Reports on military cantonments and civil stations in the Presidency of Bombay inspected by the Sanitary Commissioner in the years 1875 and 1876
Year: 1875
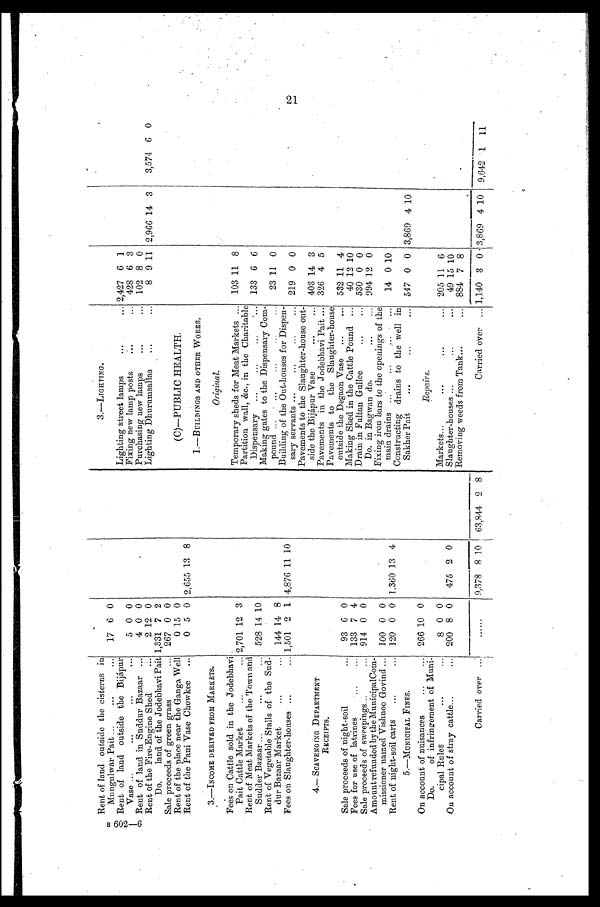
B 6 0 2 —6 Rent of land outside the cisterns in
Mungulwar Pait ...
...
... 17 6 0
3.—LIGHTING.
Rent of land outside the Bijápur
Vase ...
...
...
...
5 0 0
Lighting street lamps
...
... 2,427 6 1
Fixing new lamp posts
...
... 428 6 3
Rent of land in Suddur Bazaar ...
4 0 0
Purchasing new lamps
...
... 102 8 0
Rent of the Fire-Engine Shed
...
2 12 0
Lighting Dhurnmsallas ...
...
8 9 11 2,966 14 3
3,571 6 0
Do. land of the Jodebhavi Pait 1,331 7 2
Sale proceeds of green grass
... 267 0 0
Rent of the place near the Ganga Well
0 15 0
(C)—PUBLIC HEALTH.
Rent of the Pani Vase Chowkee ...
0 5 0 2,655 13 8
1.—BUILDINGS AND OTHER WORKS.
3.—INCOME DERIVED FROM MARKETS.
Original.
Fees on Cattle sold in the Jodebhavi
Pait Cattle Market
...
... 2,701 12 3
Temporary sheds for Meat Markets ... 103 11 8
Rent of Meat Markets of the Town and
Budder Bazaar ...
...
... 528 14 10
Partition wall, &c., in the Charitable
Dispensary ...
...
...
... 133 6 6
Making gates to the Dispensary Com-
pound ...
...
...
...
... 23 11 0
Rent of Vegetable Stalls of the Sud-
dur Bazaar Market
...
... 144 14 8
Building of the Out-houses for Dispen-
sary servants ...
...
...
... 219 0 0
Fees on Slaughter-houses ...
... 1,501 2 1 4,876 11 10
4.— SCAVENGING DEPARTMENT
RECEIPTS.
Pavements to the Slaughter-house out-
side the Bijápur Vase
...
... 403 14 3
Pavements in the Jodebhavi Pait ... 326 4 5
Pavements to the Slaughter-house
outside the Degaon Vase ...
... 532 11 4
Sale proceeds of night-soil
... 93 6 0
Making Shed in the Cattle Pound ... 40 12 10
Fees for use of latrines
... 133 7 4
Drain in Fultan Gullee
..
.
...
530 0 0
Sale proceeds of sweepings...
... 914 0 0
Do. in Bagwan do.
•.•
... 994 12 0
Amountrefunded by the MunicipalCom-
missioner named Vishnoo Govind ... 100 0 0
Fixing iron bars to the openings of the
main drains . . .
. . . 14 0 10
Rent of night-soil carts ...
... 120 0 0 1,360 13 4
Constructing drains to the well in
5.—MUNICIPAL FINES.
Sakher Pait
...
...
547 0 0 3,869 4 10
On account of nuisances
...
... 266 10 0
Repairs.
Do. of infringement of Mimi-
cipal Rules
...
...
8 0 0
Markets...
...
...
... 205 11 6
On account of stray cattle...
... 200 8 0 475 2 0
Slaughter-houses ...
... 49 15 10
Removing weeds from Tank...
... 884 7 8
Carried over ..
......
9,378 8 10 63,844 2 8
Carried over ... 1,140 3 0 3,869 4 10 9,642
1 11